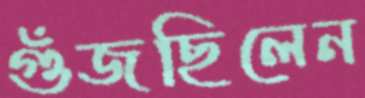
গুঁজছিলেন